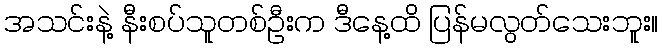
အသင်းနဲ့ နီးစပ်သူတစ်ဦးက ဒီနေ့ထိ ပြန်မလွတ်သေးဘူး။